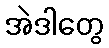
အဲဒါတွေ